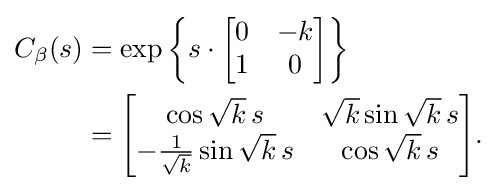
{\begin{aligned}C_{\beta }(s)&=\exp \left\{s\cdot {\begin{bmatrix}0&-k\\1&0\end{bmatrix}}\right\}\\&={\begin{bmatrix}\cos {\sqrt {k}}\,s&{\sqrt {k}}\sin {\sqrt {k}}\,s\\-{\frac {1}{\sqrt {k}}}\sin {\sqrt {k}}\,s&\cos {\sqrt {k}}\,s\end{bmatrix}}.\end{aligned}}